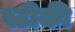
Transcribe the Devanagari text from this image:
स्टीकी